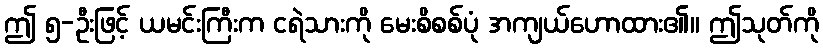
ဤ ၅-ဦးဖြင့် ယမင်းကြီးက ငရဲသားကို မေးစိစစ်ပုံ အကျယ်ဟောထား၏။ ဤသုတ်ကို